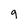
Character: q